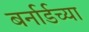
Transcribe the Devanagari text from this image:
बर्नार्डच्या